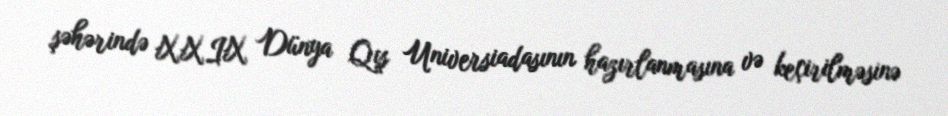
şəhərində XXIX Dünya Qış Universiadasının hazırlanmasına və keçirilməsinə